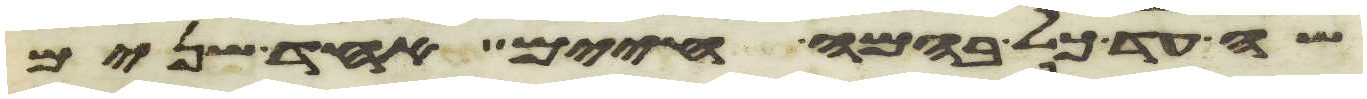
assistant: שה עד כל בהמה חיים אחד שנים